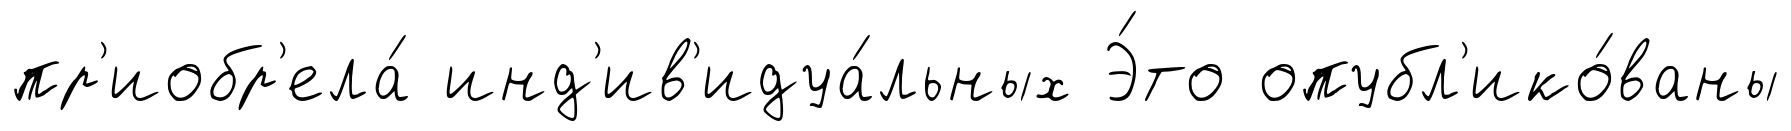
пр'иобр'ела́ инд'ив'идуа́льных Э́то опубл'ико́ваны